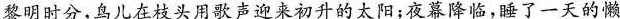
黎明时分，鸟儿在枝头用歌声迎来初升的太阳；夜幕降临，睡了一天的懒